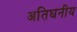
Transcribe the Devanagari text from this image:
अतिघनीय